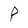
Character: P